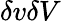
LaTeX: \delta v\delta V